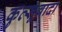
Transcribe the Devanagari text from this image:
कुत्सूवादा